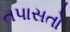
તપાસતો